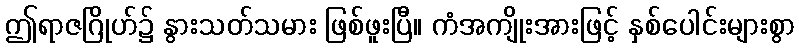
ဤရာဇဂြိုဟ်၌ နွားသတ်သမား ဖြစ်ဖူးပြီ။ ကံအကျိုးအားဖြင့် နှစ်ပေါင်းများစွာ